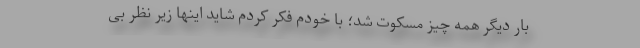
بار دیگر همه چیز مسکوت شد؛ با خودم فکر کردم شاید اینها زیر نظر بی